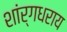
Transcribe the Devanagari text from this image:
शांर्गधराय